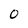
Character: 0